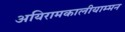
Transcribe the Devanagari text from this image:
अयिरामकालीयाम्मन